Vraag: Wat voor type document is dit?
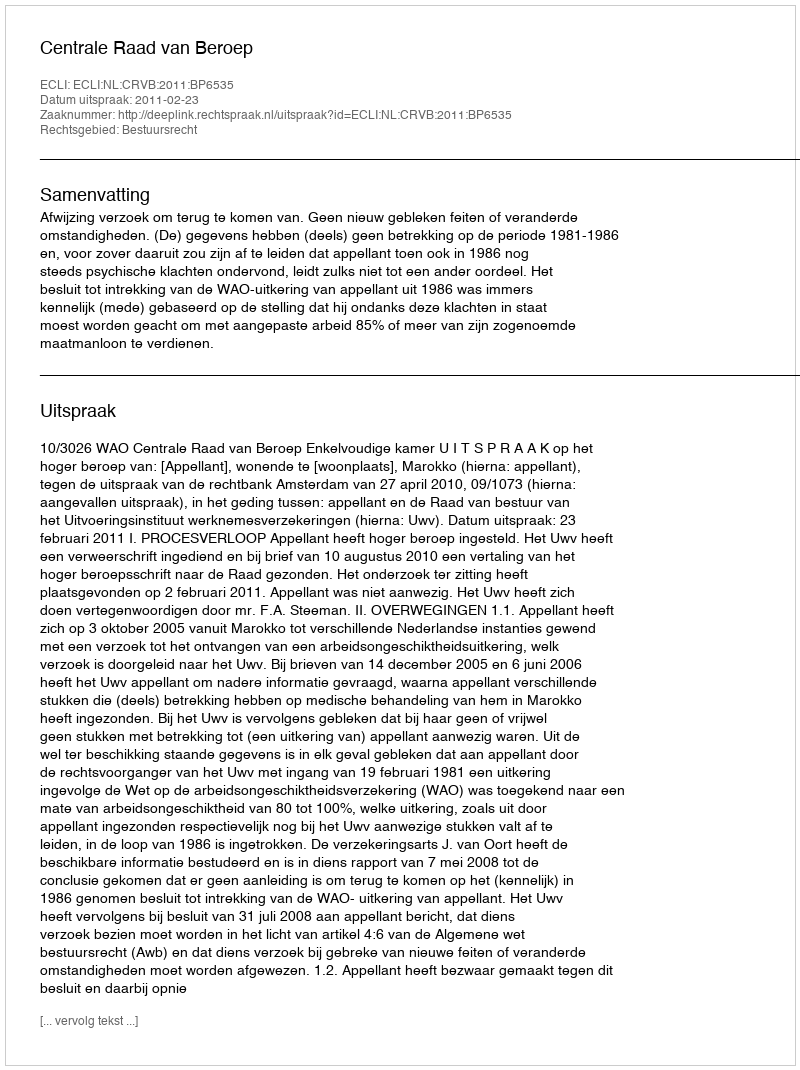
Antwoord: Uitspraak